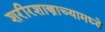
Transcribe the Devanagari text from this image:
शरीरशास्त्राच्यामध्ये